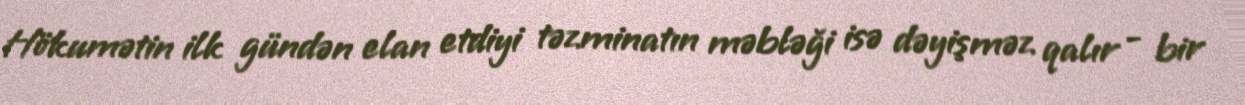
Hökumətin ilk gündən elan etdiyi təzminatın məbləği isə dəyişməz qalır - bir